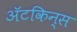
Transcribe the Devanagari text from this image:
अॅटकिन्स